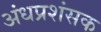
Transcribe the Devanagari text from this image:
अंधप्रशंसक